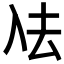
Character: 𭀼